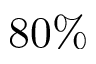
8 0 \%